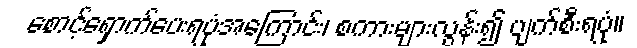
စောင့်ရှောက်ပေးရပုံအကြောင်း၊ စကားများလွန်း၍ ပျက်စီးရပုံ။